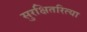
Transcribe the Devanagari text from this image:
सुरक्षितरित्या